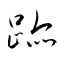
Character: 跡